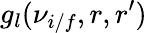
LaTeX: g_{l}(\nu_{i/f},r,r^{\prime})